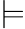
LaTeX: \models